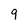
Character: 9